Annual report of the Civil Veterinary Department, Bengal, for the year 1897-98 - 1897-1898
Year: 1897
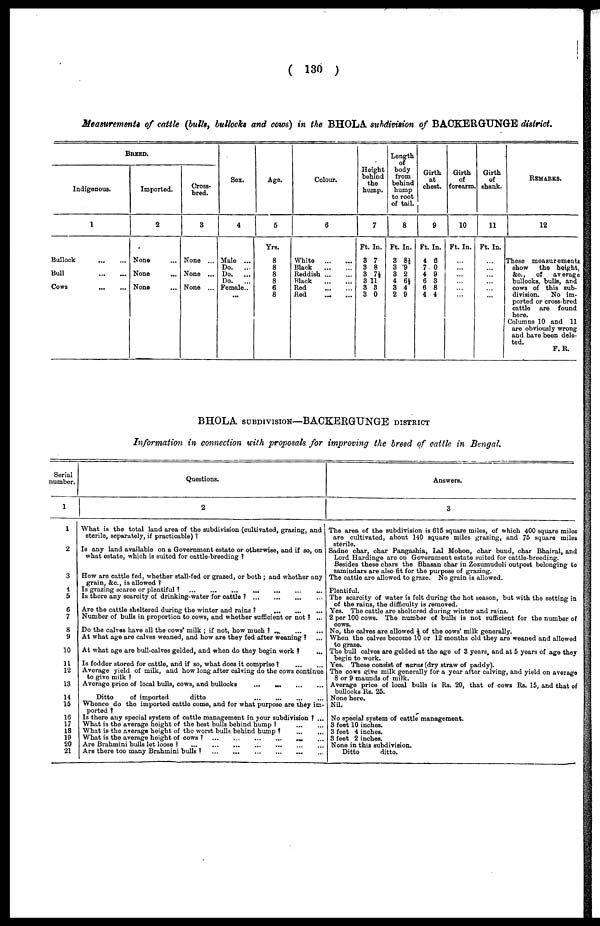
(130)
Measurements of cattle (bulls, bullocks and cows) in the BHOLA subdivision of BACKERGUNGE district.
BREED.
Indigenous.
1
Bullock
...
...
Bull
...
...
Cows
...
...
Imported.
2
None ...
None ...
None ...
Cross-
bred.
3
None ...
None ...
None ...
Sex.
4
Male ...
Do.
...
Bo.
...
Do.
...
Female..
...
Age.
5
Yrs.
8
8
8
8
6
8
Colour.
6
White
...
...
Black
...
...
Reddish
...
...
Black
...
...
Red
...
...
Red
...
...
Height
behind
the
hump.
7
Ft. In.
3 7
3 8
3 7½
8 11
3 3
3 0
Length
body
from
behind
hump
to root
of tail.
8
Ft. In.
3 8½
3 9
3 2
4 6½
3 4
2 9
Girth
at
chest.
9
Ft. In.
4 6
7. 0
4 9
6 3
6 8
4 4
Girth
of
forearm.
10
Ft. In.
...
...
...
...
...
...
Girth
of
shank.
11
Ft. In.
...
...
...
...
...
...
REMARKS.
12
These measurements
show
the height.
&c,
of
average
bullocks, bulls, and
cows of this sub-
division.
No im-
ported or cross-bred
cattle are found
here.
Columns 10 and 11
are obviously wrong
and have been dele-
ted.
F. R.
BHOLA SUBDIVISON—BACKEEGUNGE DISTRICT.
Information in connection with proposals for improving the breed of cattle in Bengal.
Serial
number.
1
1
2
3
4
5
6
7
8
9
10
11
12
13
14
15
16
17
18
19
20
21
Questions.
2
What is the total land area of the subdivision (cultivated, grazing, and
sterile, separately, if practicable)?
Is any land available on a Government estate or otherwise, and if so, on
what estate, which is suited for cattle-breeding?
How are cattle fed, whether stall-fed or grazed, or both; and whether any
grain, &c., is allowed?
Is grazing scarce or plentiful?
...
...
...
...
...
...
...
Is there any scarcity of drinking-water for cattle? ... ... ... ...
Are the cattle sheltered during the winter and rains?
...
...
...
...
Number of bulls in proportion to cows, and whether sufficient or not? ...
Do the calves have all the cows' milk; if not, how much? ...
...
...
At what age are calves weaned, and how are they fed after weaning? ...
At what age are bull-calves gelded, and when do they begin
work?
...
Is fodder stored for cattle, and if so, what does it comprise? ... ...
Average yield of milk, and how long after calving do the cows continue
to give milk?
Average price of local bulls, cows, and bullocks
...
...
...
...
Ditto
of imported
ditto ... ... ... ...
Whence do the imported cattle come, and for what purpose are they im-
ported?
Is there any special system of cattle management in your subdivision? ...
What is the average height of the best bulls behind hump? ... ...
What is the average height of the worst bulls behind hump? ... ...
What is the average height of cows?
...
...
...
...
Are Brahmini bulls let loose? ... ... ... ...
Are there too many Brahmini bulls?
...
...
...
...
Answers.
3
The area of the subdivision is 615 square miles, of which 400 square miles
are cultivated, about 140 square miles grazing, and 75 square miles
sterile.
Sadne char, char Pangashia, Lal Mohon, char bund, char Bhairal, and
Lord Hardinge are on Government estate suited for cattle-breeding.
Besides these chars the Bhasan char in Zozumudoli outpost belonging to
zamindars are also fit for the purpose of grazing.
The cattle are allowed to graze. No grain is allowed.
Plentiful.
The scarcity of water is felt during the hot season, but with the setting in
of the rains, the difficulty is removed.
Yes. The cattle are sheltered during winter and rains.
2 per 100 cows. The number of bulls is not sufficient for the number of
cows.
No, the calves are allowed ½ of the cows' milk generally.
When the calves become 10 or 12 months old they are weaned and allowed
to graze.
The bull calves are gelded at the age of 3 years, and at 5 years of age they
begin to work.
Yes. These consist of naras (dry straw of paddy).
The cows give milk generally for a year after calving, and yield on average
8 or 9 maunds of milk.
Average price of local bulls is Rs. 20, that of cows Rs. 15, and that of
bullocks Rs. 25.
None here.
Nil.
No special system of cattle management.
3 feet 10 inches.
3 feet 4 inches.
3 feet 2 inches.
None in this subdivision.
Ditto
ditto.